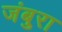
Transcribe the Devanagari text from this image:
जंबुरा